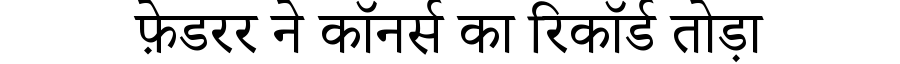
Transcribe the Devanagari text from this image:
फ़ेडरर ने कॉनर्स का रिकॉर्ड तोड़ा